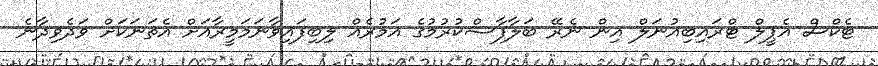
ޓެކްސް އެޕީލް ޓްރައިބިއުނަލް އިން ނެރޭ ބަލާފާސްކުރުމުގެ އަމުރެއް ލިބިފައިވާނަމަމީރާއަށް އެތަނަކަށް ވަދެވިދާނެ